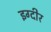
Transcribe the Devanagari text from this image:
इग्दीर